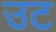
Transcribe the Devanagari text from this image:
उट